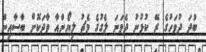
ބުދަ ދުވަހުގެ ރޭ ކުޅުނު ދެވަނަ ލެގުގެ މެޗު ލިޔޯންއާ ވާދަކޮށް ބާސާއިން